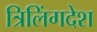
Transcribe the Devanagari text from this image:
त्रिलिंगदेश